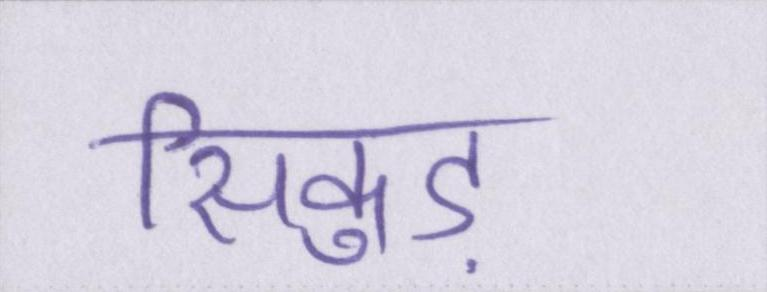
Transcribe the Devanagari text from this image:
सिकुड़